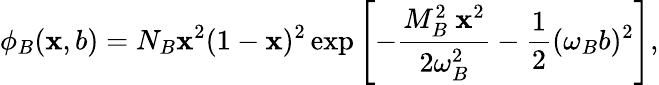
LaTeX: \phi_{B}(\mathbf{x},b)=N_{B}\mathbf{x}^{2}(1-\mathbf{x})^{2}\exp\left[-\frac{{M_{B}^{2}\ \mathbf{x}^{2}}}{{2\omega_{B}^{2}}}-\frac{{1}}{{2}}(\omega_{B}b)^{2}\right],